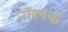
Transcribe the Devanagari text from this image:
नॉटवर्क